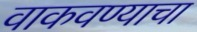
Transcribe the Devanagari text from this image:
वाकवण्याचा